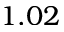
1 . 0 2